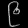
Digit: ၉